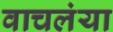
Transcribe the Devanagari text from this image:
वाचलंया